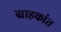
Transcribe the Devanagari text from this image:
ग्राहकांत